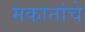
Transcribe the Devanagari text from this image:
मकानांचे